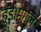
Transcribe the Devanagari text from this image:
हुई।मंगल